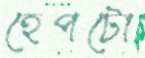
হেপটো